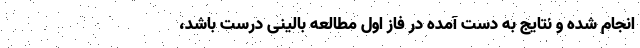
انجام شده و نتایج به دست آمده در فاز اول مطالعه بالینی درست باشد،